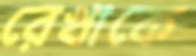
রেখাকে